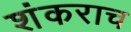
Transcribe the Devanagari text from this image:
शंकराच